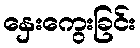
နှေးကွေးခြင်း